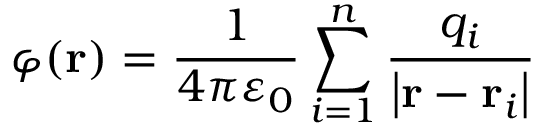
\varphi \mathbf { ( r ) } = { \frac { 1 } { 4 \pi \varepsilon _ { 0 } } } \sum _ { i = 1 } ^ { n } { \frac { q _ { i } } { \left| \mathbf { r } - \mathbf { r } _ { i } \right| } }